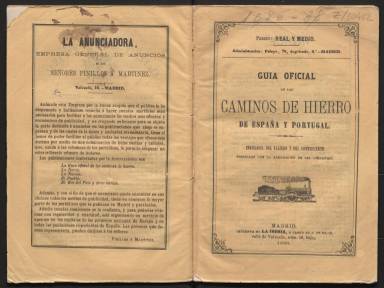
Título: Guia oficial de los caminos de hierro de España y Portugal
Colección: Ferrocarriles
Ámbito geográfico: Madrid
Lugar de publicación: Madrid
Fechas: 01/05/1866-31/05/1869